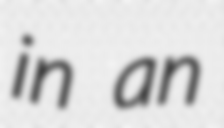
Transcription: in an